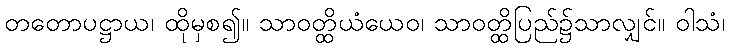
တတောပဋ္ဌာယ၊ ထိုမှစ၍။ သာဝတ္ထိယံယေဝ၊ သာဝတ္ထိပြည်၌သာလျှင်။ ဝါသံ၊